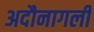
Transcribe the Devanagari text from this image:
अदौनागली